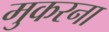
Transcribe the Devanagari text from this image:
मुकरना